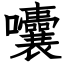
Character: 囔